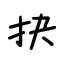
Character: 抉